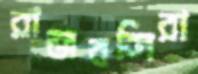
রাজবন্দিরা